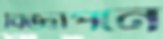
বিজ্ঞাপনে